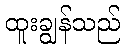
ထူးချွန်သည်